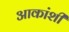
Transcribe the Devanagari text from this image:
आकांशी